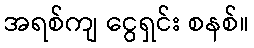
အရစ်ကျ ငွေရှင်း စနစ်။